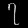
Digit: ၇